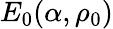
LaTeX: E_{0}(\alpha,\rho_{0})